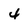
Character: 4